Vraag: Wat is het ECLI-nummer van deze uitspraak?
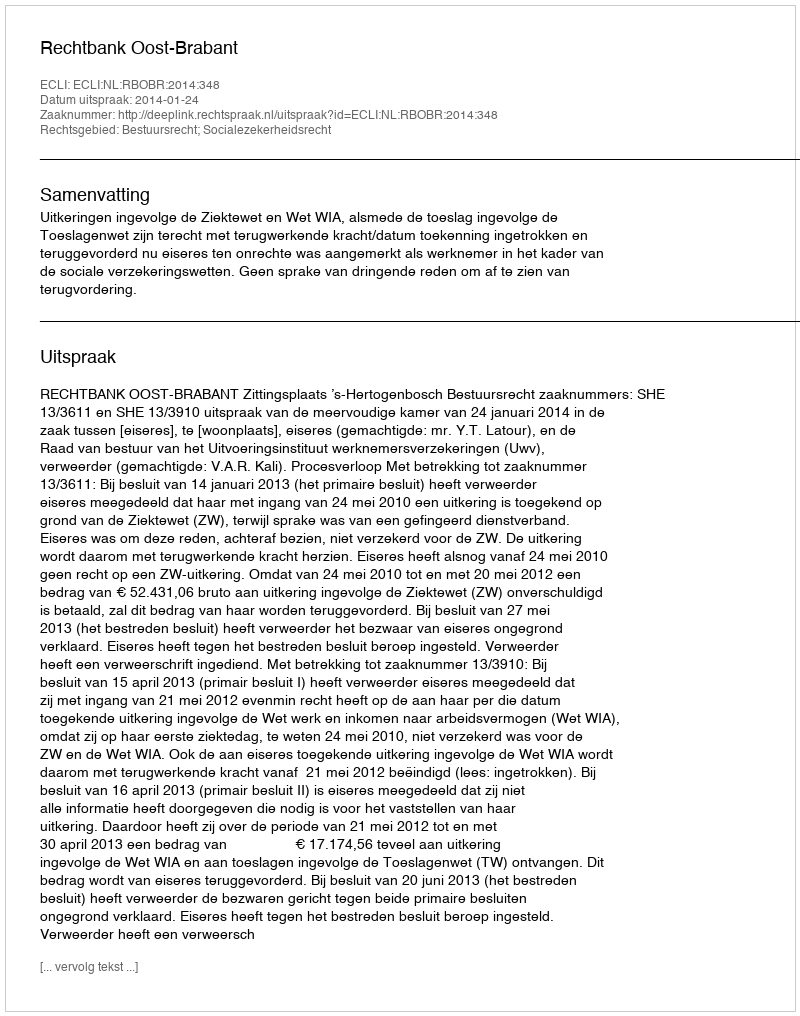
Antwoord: ECLI:NL:RBOBR:2014:348